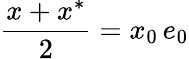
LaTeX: {\frac{x+x^{*}}{2}}=x_{0}\, e_{0}